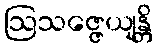
ဩသဇ္ဇေယျန္တိ